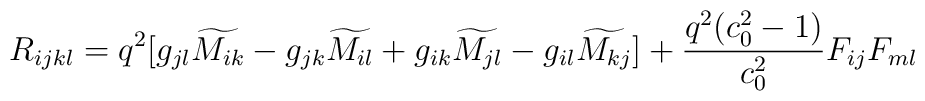
R_{ijkl}=q^{2}[g_{jl} \widetilde{M_{ik}}-g_{jk}\widetilde{M_{il}}+g_{ik}\widetilde{M_{jl}}-g_{il}\widetilde{M_{kj}}]+{{q^{2}(c_{0}^{2}-1)}\over{c_{0}^{2}}}F_{ij}F_{ml}